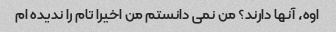
اوه، آنها دارند؟ من نمی دانستم من اخیرا تام را ندیده ام